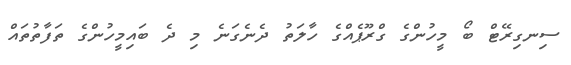
ސިނގިރޭޓް ބޯ މީހުންގެ ގްރޫޕެއްގެ ހާލަތު ދެނެގަނެ މި ދެ ބައިމީހުންގެ ތަފާތުތައް